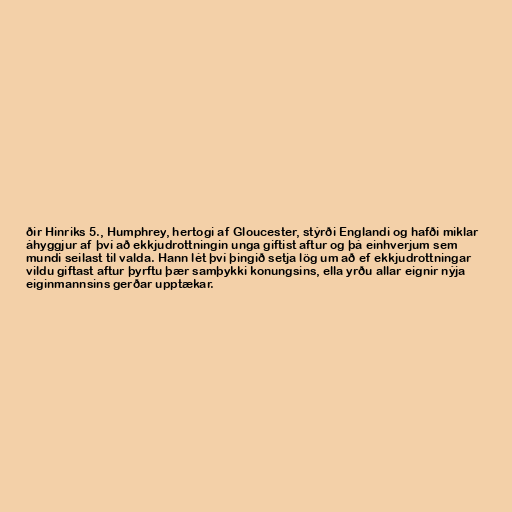
ðir Hinriks 5., Humphrey, hertogi af Gloucester, stýrði Englandi og hafði miklar
áhyggjur af því að ekkjudrottningin unga giftist aftur og þá einhverjum sem
mundi seilast til valda. Hann lét því þingið setja lög um að ef ekkjudrottningar
vildu giftast aftur þyrftu þær samþykki konungsins, ella yrðu allar eignir nýja
eiginmannsins gerðar upptækar.